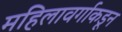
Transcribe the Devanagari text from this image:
महिलावर्गाकडून